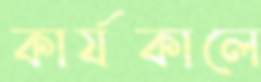
কার্যকালে